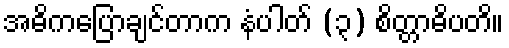
အဓိကပြောချင်တာက နံပါတ် (၃) စိတ္တာဓိပတိ။